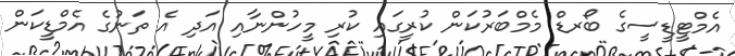
އެމްޓީޑީސީގެ ބޯރޑް މެމްބަރުކަން ކުރީގައި ކުރި މީހުންނާއި އަދި އެ ތަނުގެ އެމްޑީކަން